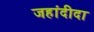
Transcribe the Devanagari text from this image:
जहांदीदा